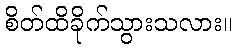
စိတ်ထိခိုက်သွားသလား။